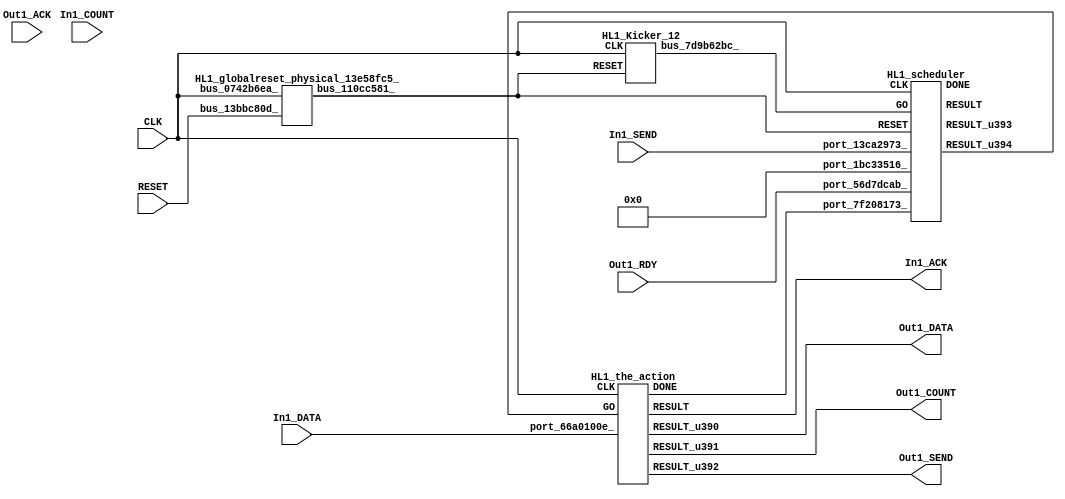
// __  ___ __ ___  _ __   ___  ___ 
// \ \/ / '__/ _ \| '_ \ / _ \/ __|
//  >  <| | | (_) | | | | (_) \__ \
// /_/\_\_|  \___/|_| |_|\___/|___/
// 
// Xronos synthesizer version
// Run date: Thu 2 Nov 2017 13:57:12 +0000
// 

module HL1(In1_ACK, Out1_DATA, Out1_RDY, Out1_SEND, Out1_COUNT, RESET, In1_COUNT, Out1_ACK, In1_DATA, In1_SEND, CLK);
output		In1_ACK;
wire		the_action_go;
output	[15:0]	Out1_DATA;
input		Out1_RDY;
output		Out1_SEND;
output	[15:0]	Out1_COUNT;
input		RESET;
wire		the_action_done;
input	[15:0]	In1_COUNT;
input		Out1_ACK;
input	[15:0]	In1_DATA;
input		In1_SEND;
input		CLK;
wire		bus_110cc581_;
wire		HL1_the_action_instance_DONE;
wire		the_action;
wire	[15:0]	the_action_u16;
wire		the_action_u17;
wire	[15:0]	the_action_u15;
wire		bus_7d9b62bc_;
wire		bus_4b03a1cc_;
wire	[31:0]	bus_0b8c9e2c_;
wire		scheduler;
wire		HL1_scheduler_instance_DONE;
wire	[31:0]	scheduler_u48;
wire		scheduler_u49;
assign In1_ACK=the_action;
assign the_action_go=scheduler_u49;
assign Out1_DATA=the_action_u15;
assign Out1_SEND=the_action_u17;
assign Out1_COUNT=the_action_u16;
assign the_action_done=bus_4b03a1cc_;
HL1_globalreset_physical_13e58fc5_ HL1_globalreset_physical_13e58fc5__1(.bus_0742b6ea_(CLK), 
  .bus_13bbc80d_(RESET), .bus_110cc581_(bus_110cc581_));
HL1_the_action HL1_the_action_instance(.CLK(CLK), .GO(the_action_go), .port_66a0100e_(In1_DATA), 
  .DONE(HL1_the_action_instance_DONE), .RESULT(the_action), .RESULT_u390(the_action_u15), 
  .RESULT_u391(the_action_u16), .RESULT_u392(the_action_u17));
HL1_Kicker_12 HL1_Kicker_12_1(.CLK(CLK), .RESET(bus_110cc581_), .bus_7d9b62bc_(bus_7d9b62bc_));
assign bus_4b03a1cc_=HL1_the_action_instance_DONE&{1{HL1_the_action_instance_DONE}};
HL1_stateVar_fsmState_HL1 HL1_stateVar_fsmState_HL1_1(.bus_674305dc_(CLK), .bus_0f9ec7a5_(bus_110cc581_), 
  .bus_6ade380c_(scheduler), .bus_6c96e38d_(32'h0), .bus_0b8c9e2c_(bus_0b8c9e2c_));
HL1_scheduler HL1_scheduler_instance(.CLK(CLK), .RESET(bus_110cc581_), .GO(bus_7d9b62bc_), 
  .port_1bc33516_(32'h0), .port_7f208173_(the_action_done), .port_13ca2973_(In1_SEND), 
  .port_56d7dcab_(Out1_RDY), .DONE(HL1_scheduler_instance_DONE), .RESULT(scheduler), 
  .RESULT_u393(scheduler_u48), .RESULT_u394(scheduler_u49));
endmodule



module HL1_globalreset_physical_13e58fc5_(bus_0742b6ea_, bus_13bbc80d_, bus_110cc581_);
input		bus_0742b6ea_;
input		bus_13bbc80d_;
output		bus_110cc581_;
reg		glitch_u10=1'h0;
reg		cross_u10=1'h0;
wire		or_2ce2a4c5_u0;
wire		and_57d02139_u0;
reg		final_u10=1'h1;
reg		sample_u10=1'h0;
wire		not_68ce9c70_u0;
always @(posedge bus_0742b6ea_)
begin
glitch_u10<=cross_u10;
end
always @(posedge bus_0742b6ea_)
begin
cross_u10<=sample_u10;
end
assign or_2ce2a4c5_u0=bus_13bbc80d_|final_u10;
assign and_57d02139_u0=cross_u10&glitch_u10;
always @(posedge bus_0742b6ea_)
begin
final_u10<=not_68ce9c70_u0;
end
always @(posedge bus_0742b6ea_)
begin
sample_u10<=1'h1;
end
assign not_68ce9c70_u0=~and_57d02139_u0;
assign bus_110cc581_=or_2ce2a4c5_u0;
endmodule



module HL1_the_action(CLK, GO, port_66a0100e_, RESULT, RESULT_u390, RESULT_u391, RESULT_u392, DONE);
input		CLK;
input		GO;
input	[15:0]	port_66a0100e_;
output		RESULT;
output	[15:0]	RESULT_u390;
output	[15:0]	RESULT_u391;
output		RESULT_u392;
output		DONE;
wire		simplePinWrite;
wire	[15:0]	simplePinWrite_u114;
wire	[15:0]	simplePinWrite_u115;
wire		simplePinWrite_u116;
assign simplePinWrite=GO&{1{GO}};
assign simplePinWrite_u114=16'h1&{16{1'h1}};
assign simplePinWrite_u115=port_66a0100e_;
assign simplePinWrite_u116=GO&{1{GO}};
assign RESULT=simplePinWrite;
assign RESULT_u390=simplePinWrite_u115;
assign RESULT_u391=simplePinWrite_u114;
assign RESULT_u392=simplePinWrite_u116;
assign DONE=GO;
endmodule



module HL1_Kicker_12(CLK, RESET, bus_7d9b62bc_);
input		CLK;
input		RESET;
output		bus_7d9b62bc_;
reg		kicker_2=1'h0;
wire		bus_0393016b_;
reg		kicker_1=1'h0;
wire		bus_37a8efb4_;
wire		bus_2965e23b_;
wire		bus_17826bc1_;
reg		kicker_res=1'h0;
always @(posedge CLK)
begin
kicker_2<=bus_17826bc1_;
end
assign bus_0393016b_=~kicker_2;
assign bus_7d9b62bc_=kicker_res;
always @(posedge CLK)
begin
kicker_1<=bus_37a8efb4_;
end
assign bus_37a8efb4_=~RESET;
assign bus_2965e23b_=kicker_1&bus_37a8efb4_&bus_0393016b_;
assign bus_17826bc1_=bus_37a8efb4_&kicker_1;
always @(posedge CLK)
begin
kicker_res<=bus_2965e23b_;
end
endmodule



module HL1_endianswapper_1dc0e380_(endianswapper_1dc0e380_in, endianswapper_1dc0e380_out);
input	[31:0]	endianswapper_1dc0e380_in;
output	[31:0]	endianswapper_1dc0e380_out;
assign endianswapper_1dc0e380_out=32'h0;
endmodule



module HL1_endianswapper_491164e6_(endianswapper_491164e6_in, endianswapper_491164e6_out);
input	[31:0]	endianswapper_491164e6_in;
output	[31:0]	endianswapper_491164e6_out;
assign endianswapper_491164e6_out=32'h0;
endmodule



module HL1_stateVar_fsmState_HL1(bus_674305dc_, bus_0f9ec7a5_, bus_6ade380c_, bus_6c96e38d_, bus_0b8c9e2c_);
input		bus_674305dc_;
input		bus_0f9ec7a5_;
input		bus_6ade380c_;
input	[31:0]	bus_6c96e38d_;
output	[31:0]	bus_0b8c9e2c_;
wire	[31:0]	endianswapper_1dc0e380_out;
wire	[31:0]	endianswapper_491164e6_out;
HL1_endianswapper_1dc0e380_ HL1_endianswapper_1dc0e380__1(.endianswapper_1dc0e380_in(32'h0), 
  .endianswapper_1dc0e380_out(endianswapper_1dc0e380_out));
HL1_endianswapper_491164e6_ HL1_endianswapper_491164e6__1(.endianswapper_491164e6_in(32'h0), 
  .endianswapper_491164e6_out(endianswapper_491164e6_out));
assign bus_0b8c9e2c_=32'h0;
endmodule



module HL1_scheduler(CLK, RESET, GO, port_1bc33516_, port_7f208173_, port_13ca2973_, port_56d7dcab_, RESULT, RESULT_u393, RESULT_u394, DONE);
input		CLK;
input		RESET;
input		GO;
input	[31:0]	port_1bc33516_;
input		port_7f208173_;
input		port_13ca2973_;
input		port_56d7dcab_;
output		RESULT;
output	[31:0]	RESULT_u393;
output		RESULT_u394;
output		DONE;
wire		and_u687_u0;
reg		and_delayed_u33=1'h0;
wire signed	[31:0]	equals_b_signed;
wire		equals;
wire signed	[31:0]	equals_a_signed;
wire		not_u135_u0;
wire		and_u688_u0;
wire		and_u689_u0;
wire		and_u690_u0;
wire		not_u136_u0;
wire		and_u691_u0;
wire		and_u692_u0;
wire		and_u693_u0;
wire		not_u137_u0;
wire		simplePinWrite;
wire		and_u694_u0;
wire		and_u695_u0;
wire		and_u696_u0;
wire		or_u178_u0;
reg		reg_24ff8b78_u0=1'h0;
reg		reg_65754e81_u0=1'h0;
wire		or_u179_u0;
assign and_u687_u0=or_u178_u0&or_u178_u0;
always @(posedge CLK or posedge RESET)
begin
if (RESET)
and_delayed_u33<=1'h0;
else and_delayed_u33<=and_u687_u0;
end
assign equals_a_signed=32'h0;
assign equals_b_signed=32'h0;
assign equals=equals_a_signed==equals_b_signed;
assign not_u135_u0=~equals;
assign and_u688_u0=and_u687_u0&not_u135_u0;
assign and_u689_u0=and_u687_u0&equals;
assign and_u690_u0=and_u696_u0&port_13ca2973_;
assign not_u136_u0=~port_13ca2973_;
assign and_u691_u0=and_u696_u0&not_u136_u0;
assign and_u692_u0=and_u695_u0&port_56d7dcab_;
assign and_u693_u0=and_u695_u0&not_u137_u0;
assign not_u137_u0=~port_56d7dcab_;
assign simplePinWrite=and_u694_u0&{1{and_u694_u0}};
assign and_u694_u0=and_u692_u0&and_u695_u0;
assign and_u695_u0=and_u690_u0&and_u696_u0;
assign and_u696_u0=and_u689_u0&and_u687_u0;
assign or_u178_u0=and_delayed_u33|reg_24ff8b78_u0;
always @(posedge CLK or posedge RESET)
begin
if (RESET)
reg_24ff8b78_u0<=1'h0;
else reg_24ff8b78_u0<=reg_65754e81_u0;
end
always @(posedge CLK or posedge RESET)
begin
if (RESET)
reg_65754e81_u0<=1'h0;
else reg_65754e81_u0<=GO;
end
assign or_u179_u0=GO|and_u694_u0;
assign RESULT=or_u179_u0;
assign RESULT_u393=32'h0;
assign RESULT_u394=simplePinWrite;
assign DONE=1'h0;
endmodule